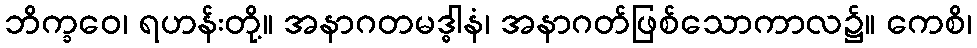
ဘိက္ခဝေ၊ ရဟန်းတို့။ အနာဂတမဒ္ဓါနံ၊ အနာဂတ်ဖြစ်သောကာလ၌။ ကေစိ၊